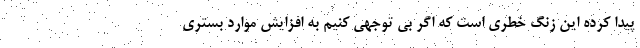
پیدا کرده این زنگ خطری است که اگر بی توجهی کنیم به افزایش موارد بستری